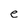
Character: e